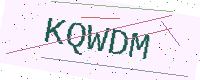
Text: KQWDM